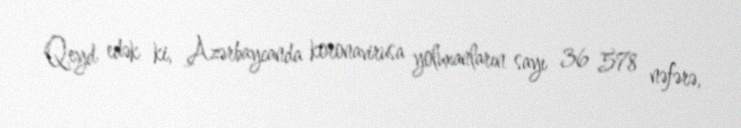
Qeyd edək ki, Azərbaycanda koronavirusa yoluxanların sayı 36 578 nəfərə,